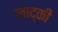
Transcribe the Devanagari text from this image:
लाद्की